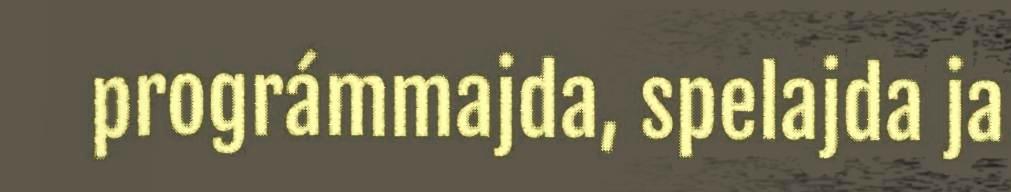
prográmmajda, spelajda ja